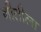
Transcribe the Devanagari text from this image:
नीतीला